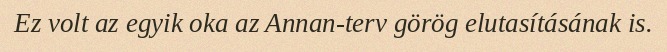
Ez volt az egyik oka az Annan-terv görög elutasításának is.